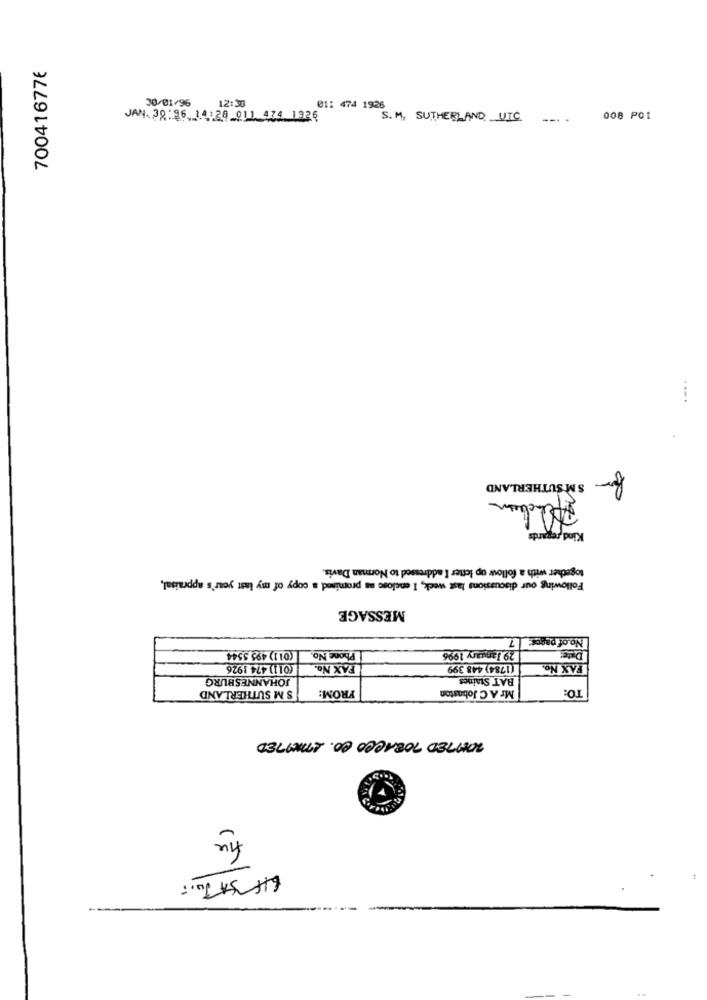
70041677€
96/10/00
80121
----
JAN. 30:26, 14:20 011 474 1926
008 P01
for
SM SUTHERLAND
Kind regards
together with a follow up letter I addressed to Norman Davis.
Following our discussions last week, I enclose as promised a copy of my last year's appraisal,
MESSAGE
7
No.of pagos"
29 January 1996
Date:
(011) 495 5544
Phone No.
(011) 474 1926
FAX No.
(1784) 448 399
FAX No.
JOHANNESBURG
BAT Staines
S M SUTHERLAND
FROM:
Mr A C Jobaston
TO:
TOUTED TOBACCO CO. STRAITED
five